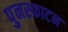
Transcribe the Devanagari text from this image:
पुनस्फाटन